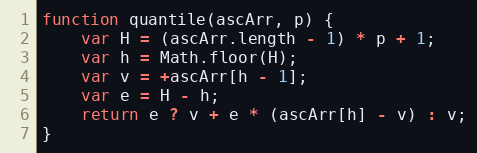
Language: JavaScript
function quantile(ascArr, p) {
    var H = (ascArr.length - 1) * p + 1;
    var h = Math.floor(H);
    var v = +ascArr[h - 1];
    var e = H - h;
    return e ? v + e * (ascArr[h] - v) : v;
}